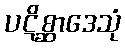
ပဋိစ္ဆာဒေသုံ